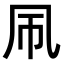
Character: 𫥞